Indian journal of veterinary science and animal husbandry - Volume 3,
Year: 1933
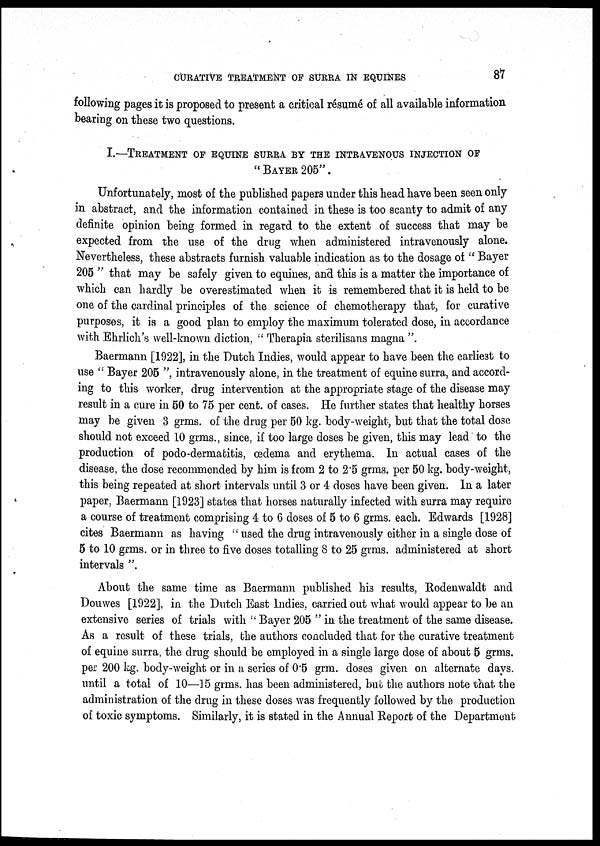
CURATIVE TREATMENT OF SURRA IN EQUINES
87
following pages it is proposed to present a critical résumé of all available information
bearing on these two questions.
I.—TREATMENT OF EQUINE SURRA BY THE INTRAVENOUS INJECTION OF
" BAYER 205".
Unfortunately, most of the published papers under this head have been seen only
in abstract, and the information contained in these is too scanty to admit of any
definite opinion being formed in regard to the extent of success that may be
expected from the use of the drug when administered intravenously alone.
Nevertheless, these abstracts furnish valuable indication as to the dosage of " Bayer
205 " that may be safely given to equines, and this is a matter the importance of
which can hardly be overestimated when it is remembered that it is held to be
one of the cardinal principles of the science of chemotherapy that, for curative
purposes, it is a good plan to employ the maximum tolerated dose, in accordance
with Ehrlich's well-known diction, " Therapia sterilisans magna ".
Baermann [1922], in the Dutch Indies, would appear to have been the earliest to
use " Bayer 205 ", intravenously alone, in the treatment of equine surra, and accord-
ing to this worker, drug intervention at the appropriate stage of the disease may
result in a cure in 50 to 75 per cent. of cases. He further states that healthy horses
may be given 3 grms. of the drug per 50 kg. body-weight, but that the total dose
should not exceed 10 grms., since, if too large doses be given, this may lead to the
production of podo-dermatitis, oedema and erythema. In actual cases of the
disease, the dose recommended by him is from 2 to 2.5 grms. per 50 kg. body-weight,
this being repeated at short intervals until 3 or 4 doses have been given. In a later
paper, Baermann [1923] states that horses naturally infected with surra may require
a course of treatment comprising 4 to 6 doses of 5 to 6 grms. each. Edwards [1928]
cites Baermann as having " used the drug intravenously either in a single dose of
5 to 10 grms. or in three to five doses totalling 8 to 25 grms. administered at short
intervals ".
About the same time as Baermann published his results, Rodenwaldt and
Douwes [1922], in the Dutch East Indies, carried out what would appear to be an
extensive series of trials with " Bayer 205 " in the treatment of the same disease.
As a result of these trials, the authors concluded that for the curative treatment
of equine surra, the drug should be employed in a single large dose of about 5 grms.
per 200 kg. body-weight or in a series of 0.5 grm. doses given on alternate days.
until a total of 10-15 grms. has been administered, but the authors note that the
administration of the drug in these doses was frequently followed by the production
of toxic symptoms. Similarly, it is stated in the Annual Report of the Department